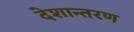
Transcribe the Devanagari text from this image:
देशान्तरण